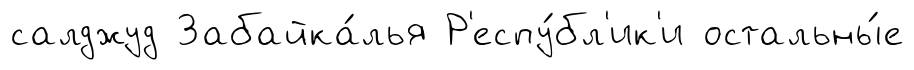
салджуд Забайка́лья Р'еспу́бл'ик'и остальны́е